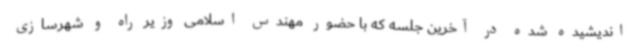
اندیشیده شده در آخرین جلسه که با حضور مهندس اسلامی وزیر راه و شهرسازی